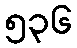
၅၃၆